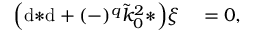
\begin{array} { r l } { \Big ( \mathrm { d } { * \mathrm { d } } + ( - ) ^ { q } \tilde { k } _ { 0 } ^ { 2 } { * } \Big ) \xi } & { { } = 0 , } \end{array}